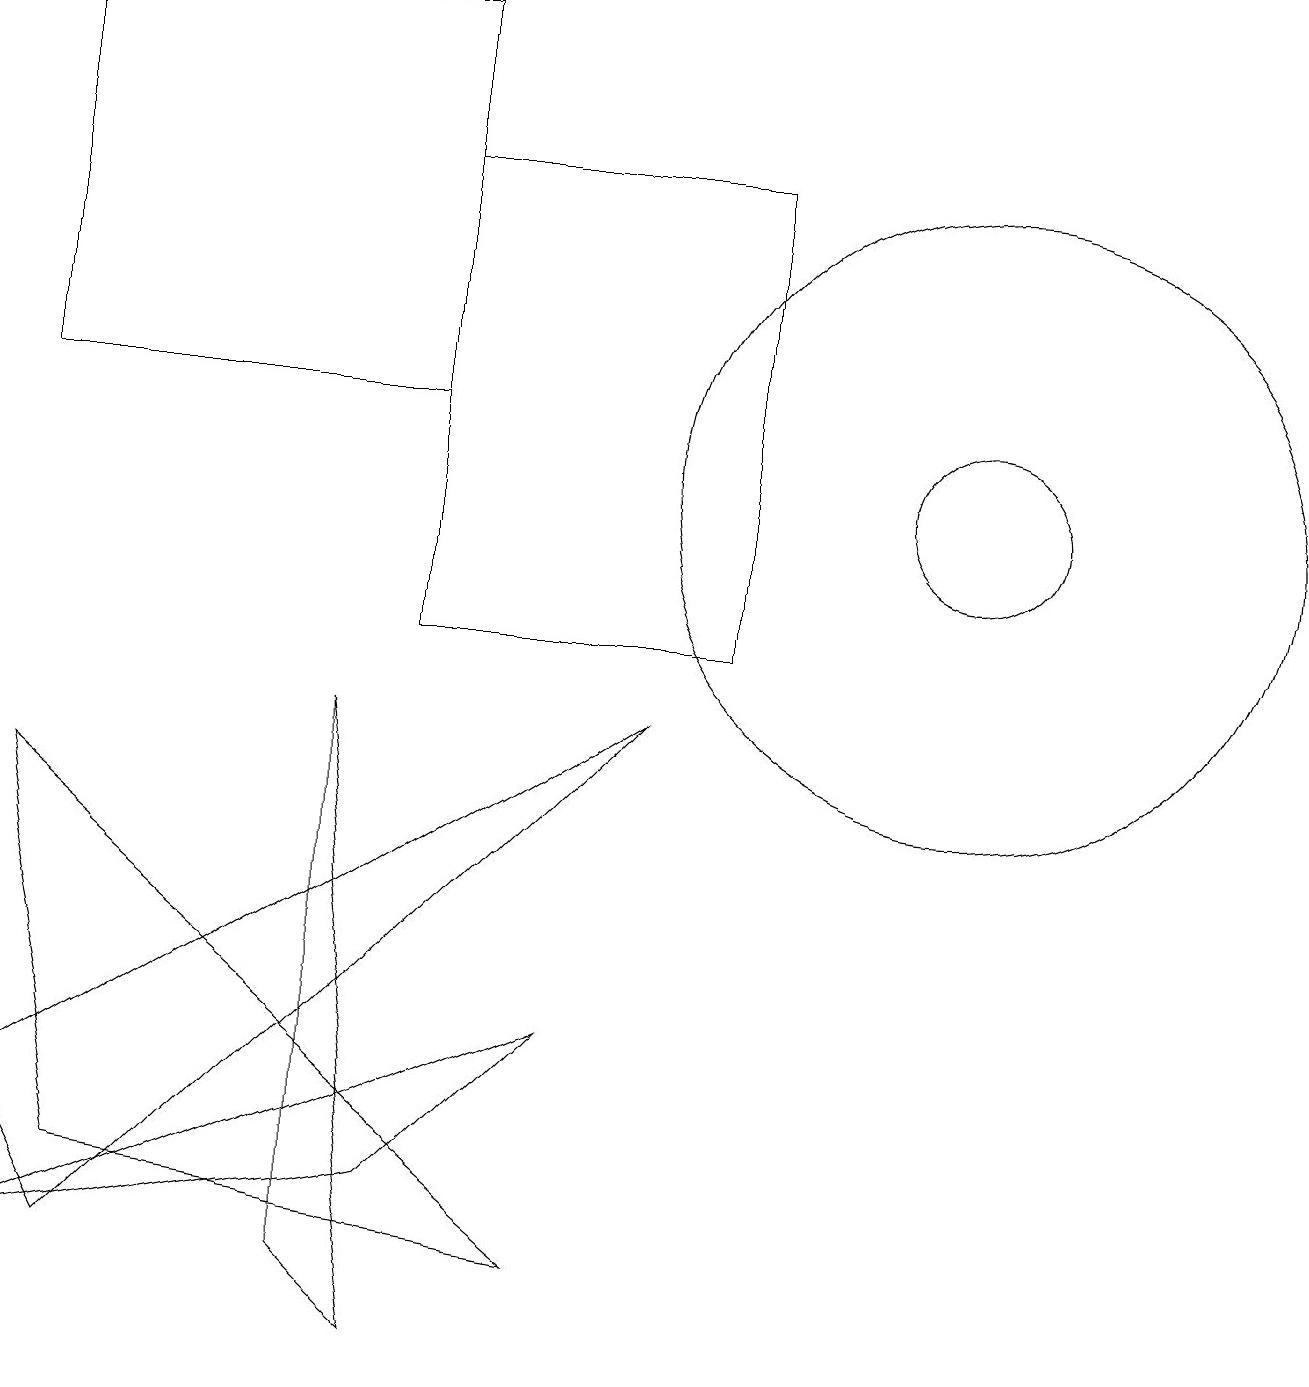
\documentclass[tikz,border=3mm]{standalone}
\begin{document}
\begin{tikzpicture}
\draw (9,10) rectangle (5,16);
\draw (0,13) rectangle (5,18);
\draw (4,9) -- (5,1) -- (4,2) -- cycle;
\draw (7,5) -- (5,3) -- (0,2) -- cycle;
\draw (12,12) circle (1);
\draw (1,2) -- (0,4) -- (8,9) -- cycle;
\draw (12,12) circle (4);
\draw (1,3) -- (7,2) -- (0,8) -- cycle;
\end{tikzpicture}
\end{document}